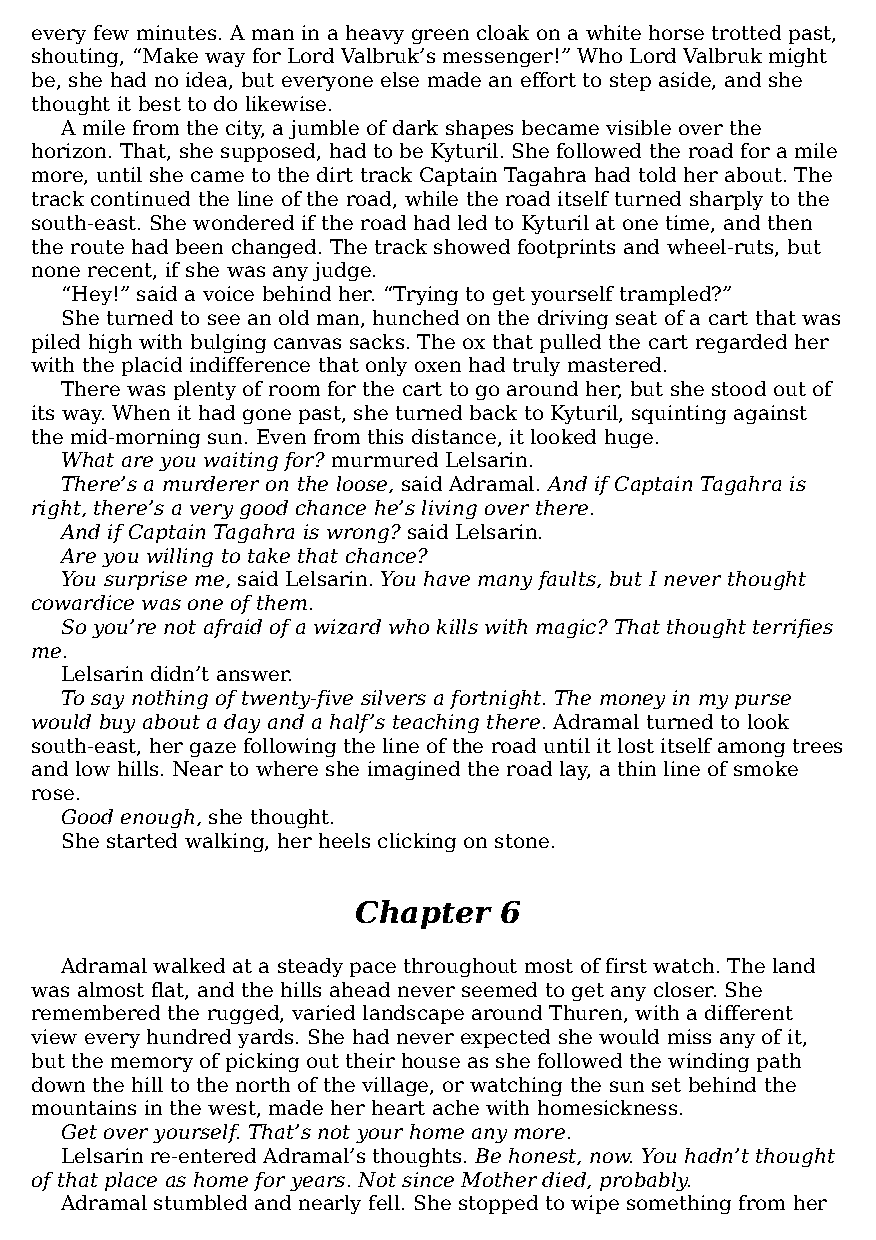
every few minutes. A man in a heavy green cloak on a white horse trotted past,
 shouting, “Make way for Lord Valbruk’s messenger!” Who Lord Valbruk might
 be, she had no idea, but everyone else made an effort to step aside, and she
 thought it best to do likewise.
 A mile from the city, a jumble of dark shapes became visible over the
 horizon. That, she supposed, had to be Kyturil. She followed the road for a mile
 more, until she came to the dirt track Captain Tagahra had told her about. The
 track continued the line of the road, while the road itself turned sharply to the
 south-east. She wondered if the road had led to Kyturil at one time, and then
 the route had been changed. The track showed footprints and wheel-ruts, but
 none recent, if she was any judge.
 “Hey!” said a voice behind her. “Trying to get yourself trampled?”
 She turned to see an old man, hunched on the driving seat of a cart that was
 piled high with bulging canvas sacks. The ox that pulled the cart regarded her
 with the placid indifference that only oxen had truly mastered.
 There was plenty of room for the cart to go around her, but she stood out of
 its way. When it had gone past, she turned back to Kyturil, squinting against
 the mid-morning sun. Even from this distance, it looked huge.
 What are you waiting for? murmured Lelsarin.
 There’s a murderer on the loose, said Adramal. And if Captain Tagahra is
 right, there’s a very good chance he’s living over there.
 And if Captain Tagahra is wrong? said Lelsarin.
 Are you willing to take that chance?
 You surprise me, said Lelsarin. You have many faults, but I never thought
 cowardice was one of them.
 So you’re not afraid of a wizard who kills with magic? That thought terrifies
 me.
 Lelsarin didn’t answer.
 To say nothing of twenty-five silvers a fortnight. The money in my purse
 would buy about a day and a half’s teaching there. Adramal turned to look
 south-east, her gaze following the line of the road until it lost itself among trees
 and low hills. Near to where she imagined the road lay, a thin line of smoke
 rose.
 Good enough, she thought.
 She started walking, her heels clicking on stone.
 Chapter   6
 Adramal walked at a steady pace throughout most of first watch. The land
 was almost flat, and the hills ahead never seemed to get any closer. She
 remembered the rugged, varied landscape around Thuren, with a different
 view every hundred yards. She had never expected she would miss any of it,
 but the memory of picking out their house as she followed the winding path
 down the hill to the north of the village, or watching the sun set behind the
 mountains in the west, made her heart ache with homesickness.
 Get over yourself. That’s not your home any more.
 Lelsarin re-entered Adramal’s thoughts. Be honest, now. You hadn’t thought
 of that place as home for years. Not since Mother died, probably.
 Adramal stumbled and nearly fell. She stopped to wipe something from her